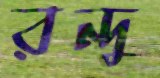
রন্দু